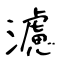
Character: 濾